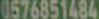
0576851484